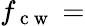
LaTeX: f_{\mathrm{~c~w~}}=